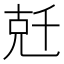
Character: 兛